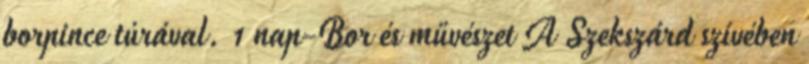
borpince túrával. 1 nap-Bor és művészet A Szekszárd szívében